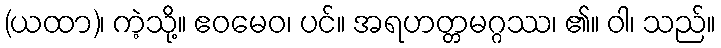
(ယထာ)၊ ကဲ့သို့။ ဧဝမေဝ၊ ပင်။ အရဟတ္တမဂ္ဂဿ၊ ၏။ ဝါ၊ သည်။